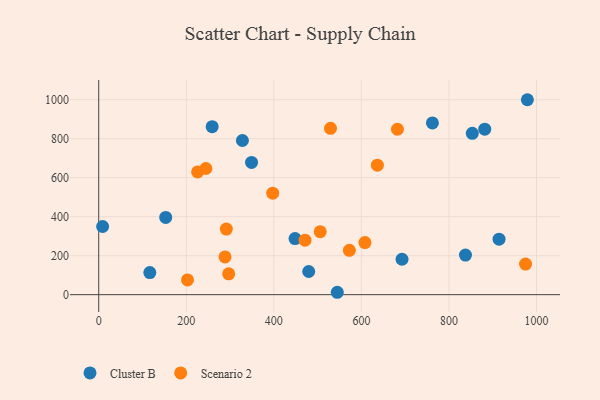
{"axis": {"x": "Engine Size", "y": "Rating"}, "legend": ["Cluster B", "Scenario 2"], "data": [{"x": "853.3", "y": 827.4, "type": "Cluster B"}, {"x": "116.7", "y": 113.3, "type": "Cluster B"}, {"x": "979.1", "y": 999.7, "type": "Cluster B"}, {"x": "881.7", "y": 848.6, "type": "Cluster B"}, {"x": "544.9", "y": 12.3, "type": "Cluster B"}, {"x": "448.4", "y": 287.8, "type": "Cluster B"}, {"x": "914.4", "y": 284.8, "type": "Cluster B"}, {"x": "259.1", "y": 861.7, "type": "Cluster B"}, {"x": "479.6", "y": 118.9, "type": "Cluster B"}, {"x": "153.0", "y": 396.2, "type": "Cluster B"}, {"x": "8.9", "y": 349.6, "type": "Cluster B"}, {"x": "837.7", "y": 203.1, "type": "Cluster B"}, {"x": "762.2", "y": 880.7, "type": "Cluster B"}, {"x": "349.1", "y": 678.3, "type": "Cluster B"}, {"x": "328.2", "y": 790.5, "type": "Cluster B"}, {"x": "692.8", "y": 181.6, "type": "Cluster B"}, {"x": "608.1", "y": 267.2, "type": "Scenario 2"}, {"x": "291.5", "y": 336.6, "type": "Scenario 2"}, {"x": "636.5", "y": 663.9, "type": "Scenario 2"}, {"x": "682.3", "y": 848.3, "type": "Scenario 2"}, {"x": "974.9", "y": 156.9, "type": "Scenario 2"}, {"x": "202.8", "y": 75.5, "type": "Scenario 2"}, {"x": "225.9", "y": 629.5, "type": "Scenario 2"}, {"x": "572.5", "y": 227.6, "type": "Scenario 2"}, {"x": "397.4", "y": 520.7, "type": "Scenario 2"}, {"x": "288.5", "y": 193.7, "type": "Scenario 2"}, {"x": "505.9", "y": 323.2, "type": "Scenario 2"}, {"x": "471.2", "y": 279.6, "type": "Scenario 2"}, {"x": "296.8", "y": 106.8, "type": "Scenario 2"}, {"x": "529.4", "y": 853.0, "type": "Scenario 2"}, {"x": "244.8", "y": 647.0, "type": "Scenario 2"}]}